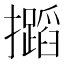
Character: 𢹡